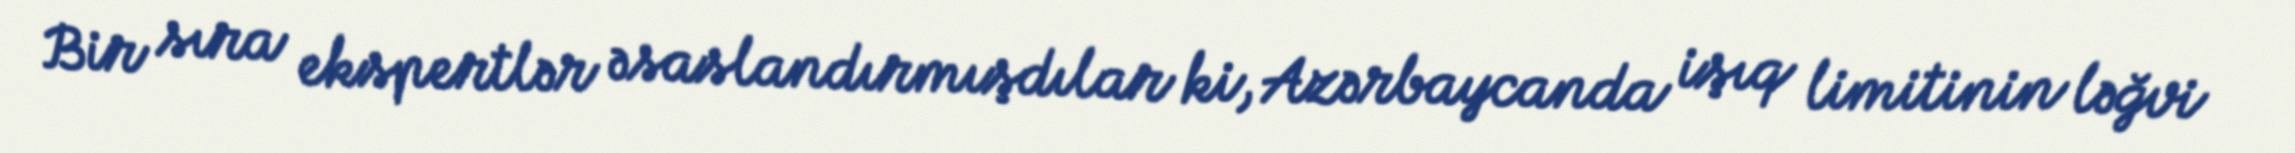
Bir sıra ekspertlər əsaslandırmışdılar ki, Azərbaycanda işıq limitinin ləğvi